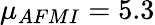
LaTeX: {\mu}_{AFMI}=5.3